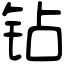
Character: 钻